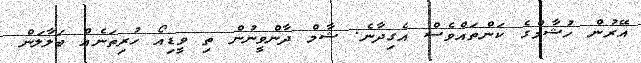
އޭރުން ހުޝާމްގެ ކަންތައްވެސް އެގިދާނެ. ޝާމް ދާންވީނުން ތި ވީޑިއޯ ހުރިތަނެއް ބަލާލަން